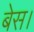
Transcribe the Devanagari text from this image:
बेस।